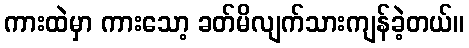
ကားထဲမှာ ကားသော့ ခတ်မိလျက်သားကျန်ခဲ့တယ်။